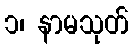
၁၊ နာမသုတ်